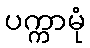
ပက္ကာမုံ